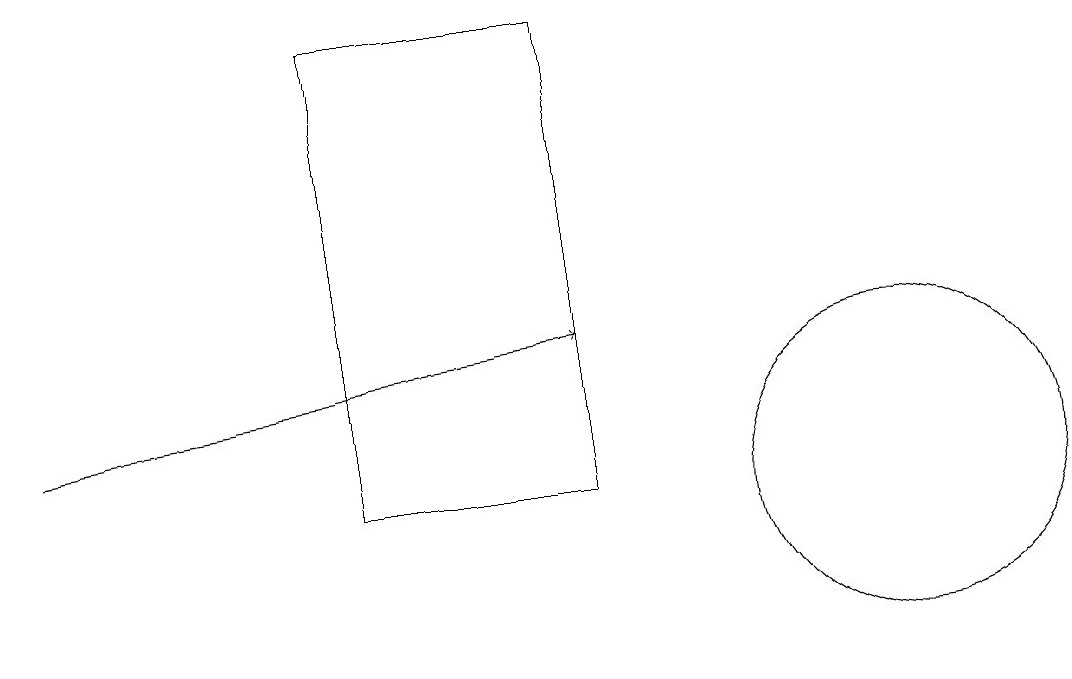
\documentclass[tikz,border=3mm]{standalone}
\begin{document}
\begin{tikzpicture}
\draw (5,11) rectangle (8,17);
\draw[->] (1,12) -- (8,13);
\draw (12,11) circle (2);
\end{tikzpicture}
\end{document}